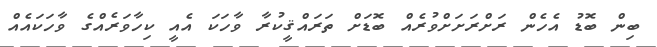
ބިން ބޮޑު އެހެން ރަށްރަށަށްވުރެއް ބޮޑަށް ތަރައްޤީކުރާ ވާހަކަ އެއީ ކިހާވަރެއްގެ ވާހަކައެއް